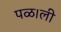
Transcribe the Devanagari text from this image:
पळ।ली